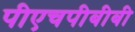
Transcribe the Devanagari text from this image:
पीएचपीबीबी